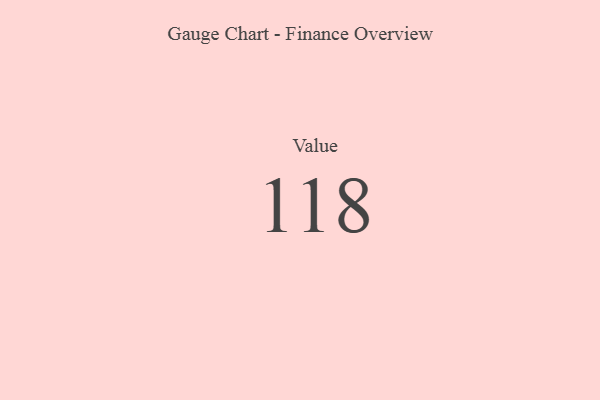
{"axis": {"x": "Metric", "y": "Value"}, "legend": [""], "data": [{"x": "Value", "y": 118, "type": ""}]}